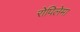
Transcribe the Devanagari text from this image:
रोपिलेमा